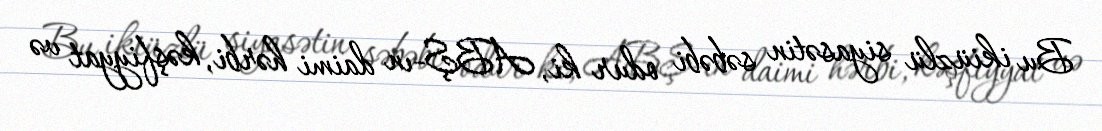
Bu ikiüzlü siyasətin səbəbi odur ki, ABŞ-ın daimi hərbi, kəşfiyyat və